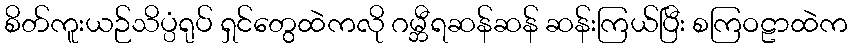
စိတ်ကူးယဉ်သိပ္ပံရုပ် ရှင်တွေထဲကလို ဂမ္ဘီရဆန်ဆန် ဆန်းကြယ်ပြီး စကြဝဠာထဲက